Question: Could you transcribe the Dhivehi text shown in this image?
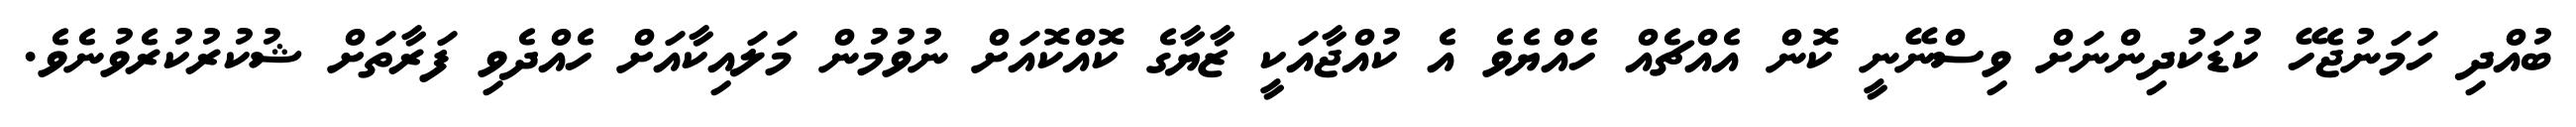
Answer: ބުއްދި ހަމަނުޖެހޭ ކުޑަކުދިންނަށް ވިސްނޭނީ ކޮން އެއްޗެއް ހެއްޔެވެ އެ ކުއްޖާއަކީ ޒާޔާގެ ކޮއްކޮއަށް ނުވުމުން މަލައިކާއަށް ހެއްދެވި ފަރާތަށް ޝުކުރުކުރެވުނެވެ.